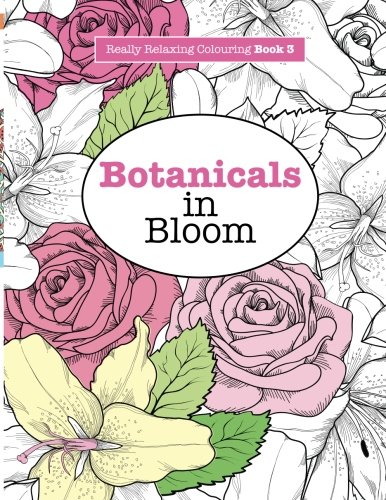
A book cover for Really RELAXING Colouring Book 3: Botanicals in Bloom: A Fun, Floral Colouring Adventure (Really RELAXING Colouring Books) (Volume 3); Elizabeth James; Health, Fitness & Dieting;